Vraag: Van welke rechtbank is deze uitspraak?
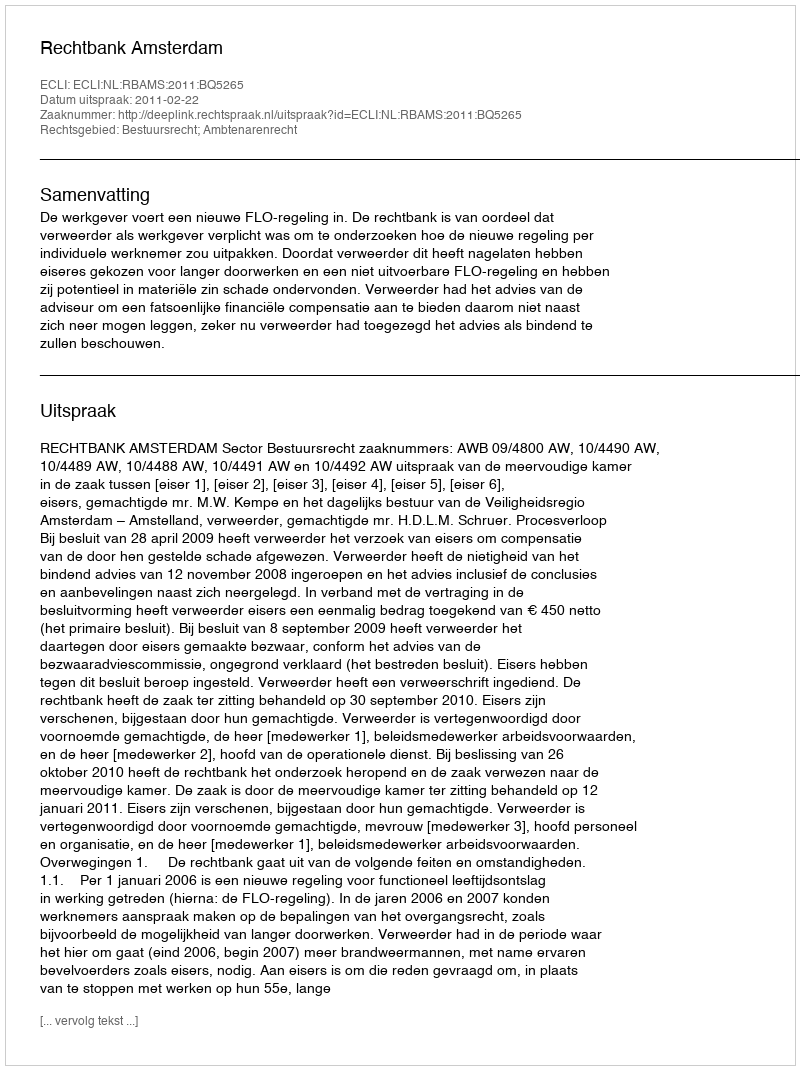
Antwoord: Rechtbank Amsterdam